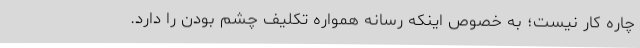
چاره کار نیست؛ به خصوص اینکه رسانه همواره تکلیف چشم بودن را دارد.